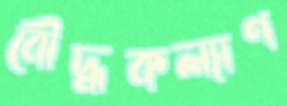
বৌদ্ধকল্যাণ